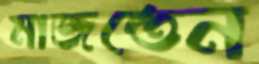
মাজতেন